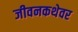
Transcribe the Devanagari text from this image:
जीवनकथेवर